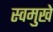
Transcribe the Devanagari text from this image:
स्वमुखे